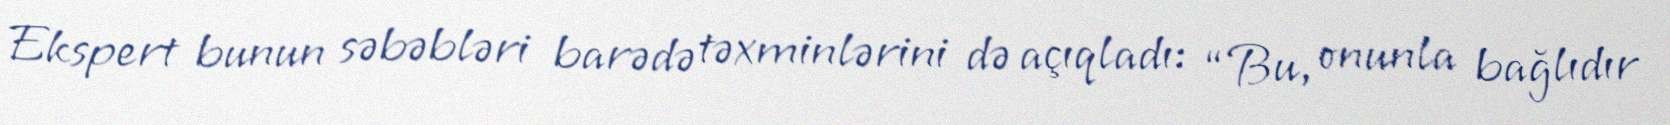
Ekspert bunun səbəbləri barədə təxminlərini də açıqladı: “Bu, onunla bağlıdır